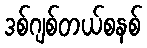
ဒစ်ဂျစ်တယ်စနစ်